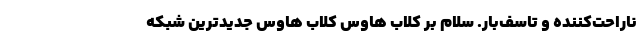
ناراحت‌کننده و تاسف‌بار. سلام بر کلاب هاوس کلاب هاوس جدیدترین شبکه